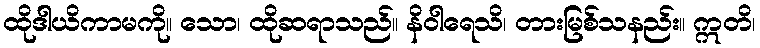
ထိုဒါယိကာမကို။ သော၊ ထိုဆရာသည်။ နိဝါရေသိ၊ တားမြစ်သနည်း။ ဣတိ၊